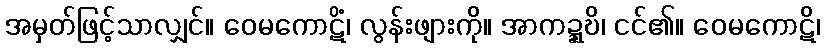
အမှတ်ဖြင့်သာလျှင်။ ဝေမကောဋိံ၊ လွန်းဖျားကို။ အာကဍ္ဍ္ဎိ၊ ငင်၏။ ဝေမကောဋိ၊